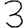
Digit: 3